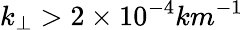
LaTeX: k_{\perp}>2\times 10^{-4}km^{-1}